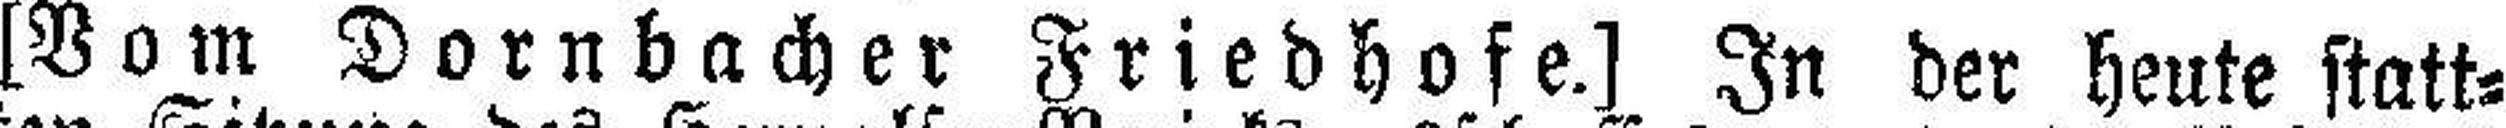
[Vom Dornbacher Friedhofe.] In der heute statt¬